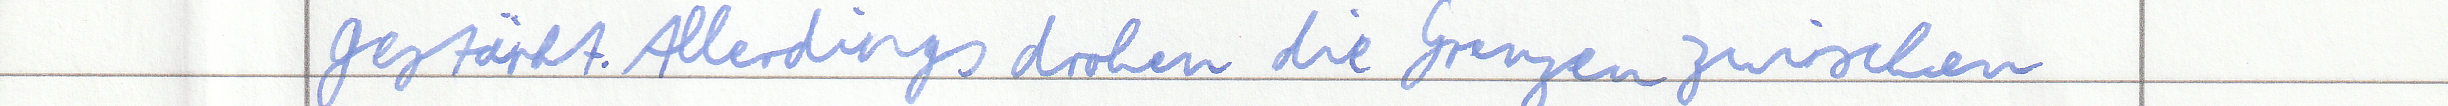
gestärkt. Allerdings drohen die Grenzen zwischen